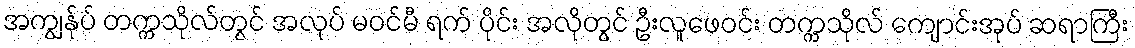
အကျွန်ုပ် တက္ကသိုလ်တွင် အလုပ် မဝင်မီ ရက် ပိုင်း အလိုတွင် ဦးလူဖေဝင်း တက္ကသိုလ် ကျောင်းအုပ် ဆရာကြီး